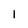
Character: l